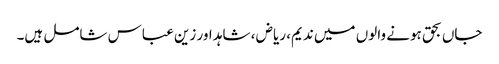
جاں بحق ہونے والوں میں ندیم، ریاض ، شاہد اور زین عباس شامل ہیں۔